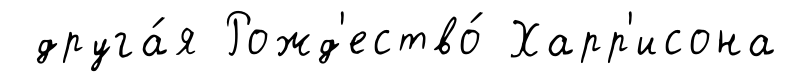
друга́я Рожд'ество́ Харр'исона